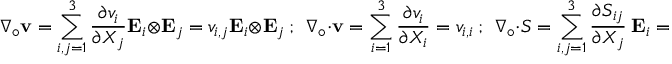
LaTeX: { \boldsymbol { \nabla } } _ { \circ } \mathbf { v } = \sum _ { i , j = 1 } ^ { 3 } { \frac { \partial v _ { i } } { \partial X _ { j } } } \mathbf { E } _ { i } \otimes \mathbf { E } _ { j } = v _ { i , j } \mathbf { E } _ { i } \otimes \mathbf { E } _ { j } ~ ; ~ ~ { \boldsymbol { \nabla } } _ { \circ } \cdot \mathbf { v } = \sum _ { i = 1 } ^ { 3 } { \frac { \partial v _ { i } } { \partial X _ { i } } } = v _ { i , i } ~ ; ~ ~ { \boldsymbol { \nabla } } _ { \circ } \cdot { \boldsymbol { S } } = \sum _ { i , j = 1 } ^ { 3 } { \frac { \partial S _ { i j } } { \partial X _ { j } } } ~ \mathbf { E } _ { i } = S _ { i j , j } ~ \mathbf { E } _ { i }